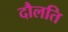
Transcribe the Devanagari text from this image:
दौलति